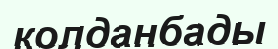
колданбады